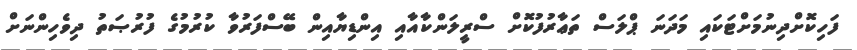
ފަހިކޮށްދިނުމަށްޓަކައި މަދަނަ ޕްލަސް ތަޢާރުފުކޮށް ސްރީލަންކާއާއި އިންޑިޔާއިން ބޭސްފަރުވާ ކުރުމުގެ ފުރުޞަތު ދިވެހިންނަށް